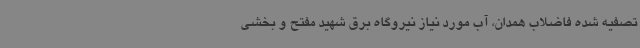
تصفیه شده فاضلاب همدان، آب مورد نیاز نیروگاه برق شهید مفتح و بخشی